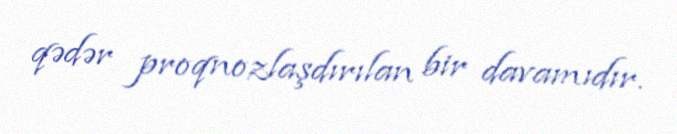
qədər proqnozlaşdırılan bir davamıdır.